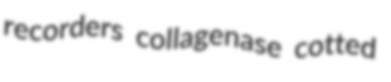
recorders collagenase cotted